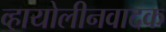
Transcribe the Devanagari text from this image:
व्हायोलीनवादक